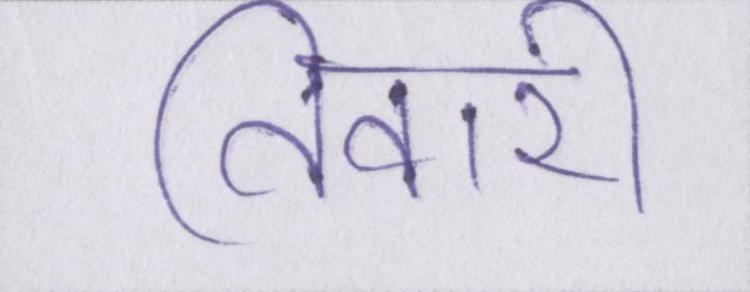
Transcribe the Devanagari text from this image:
तिवारी